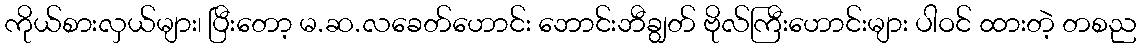
ကိုယ်စားလှယ်များ၊ ပြီးတော့ မ.ဆ.လခေတ်ဟောင်း ဘောင်းဘီချွတ် ဗိုလ်ကြီးဟောင်းများ ပါဝင် ထားတဲ့ တစည